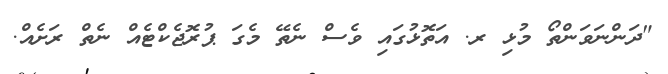
"ދަންނަވަންތޯ މުޅި ރ. އަތޮޅުގައި ވެސް ނެތޭ މެގަ ޕުރޮޖެކްޓެއް ނެތް ރަށެއް.